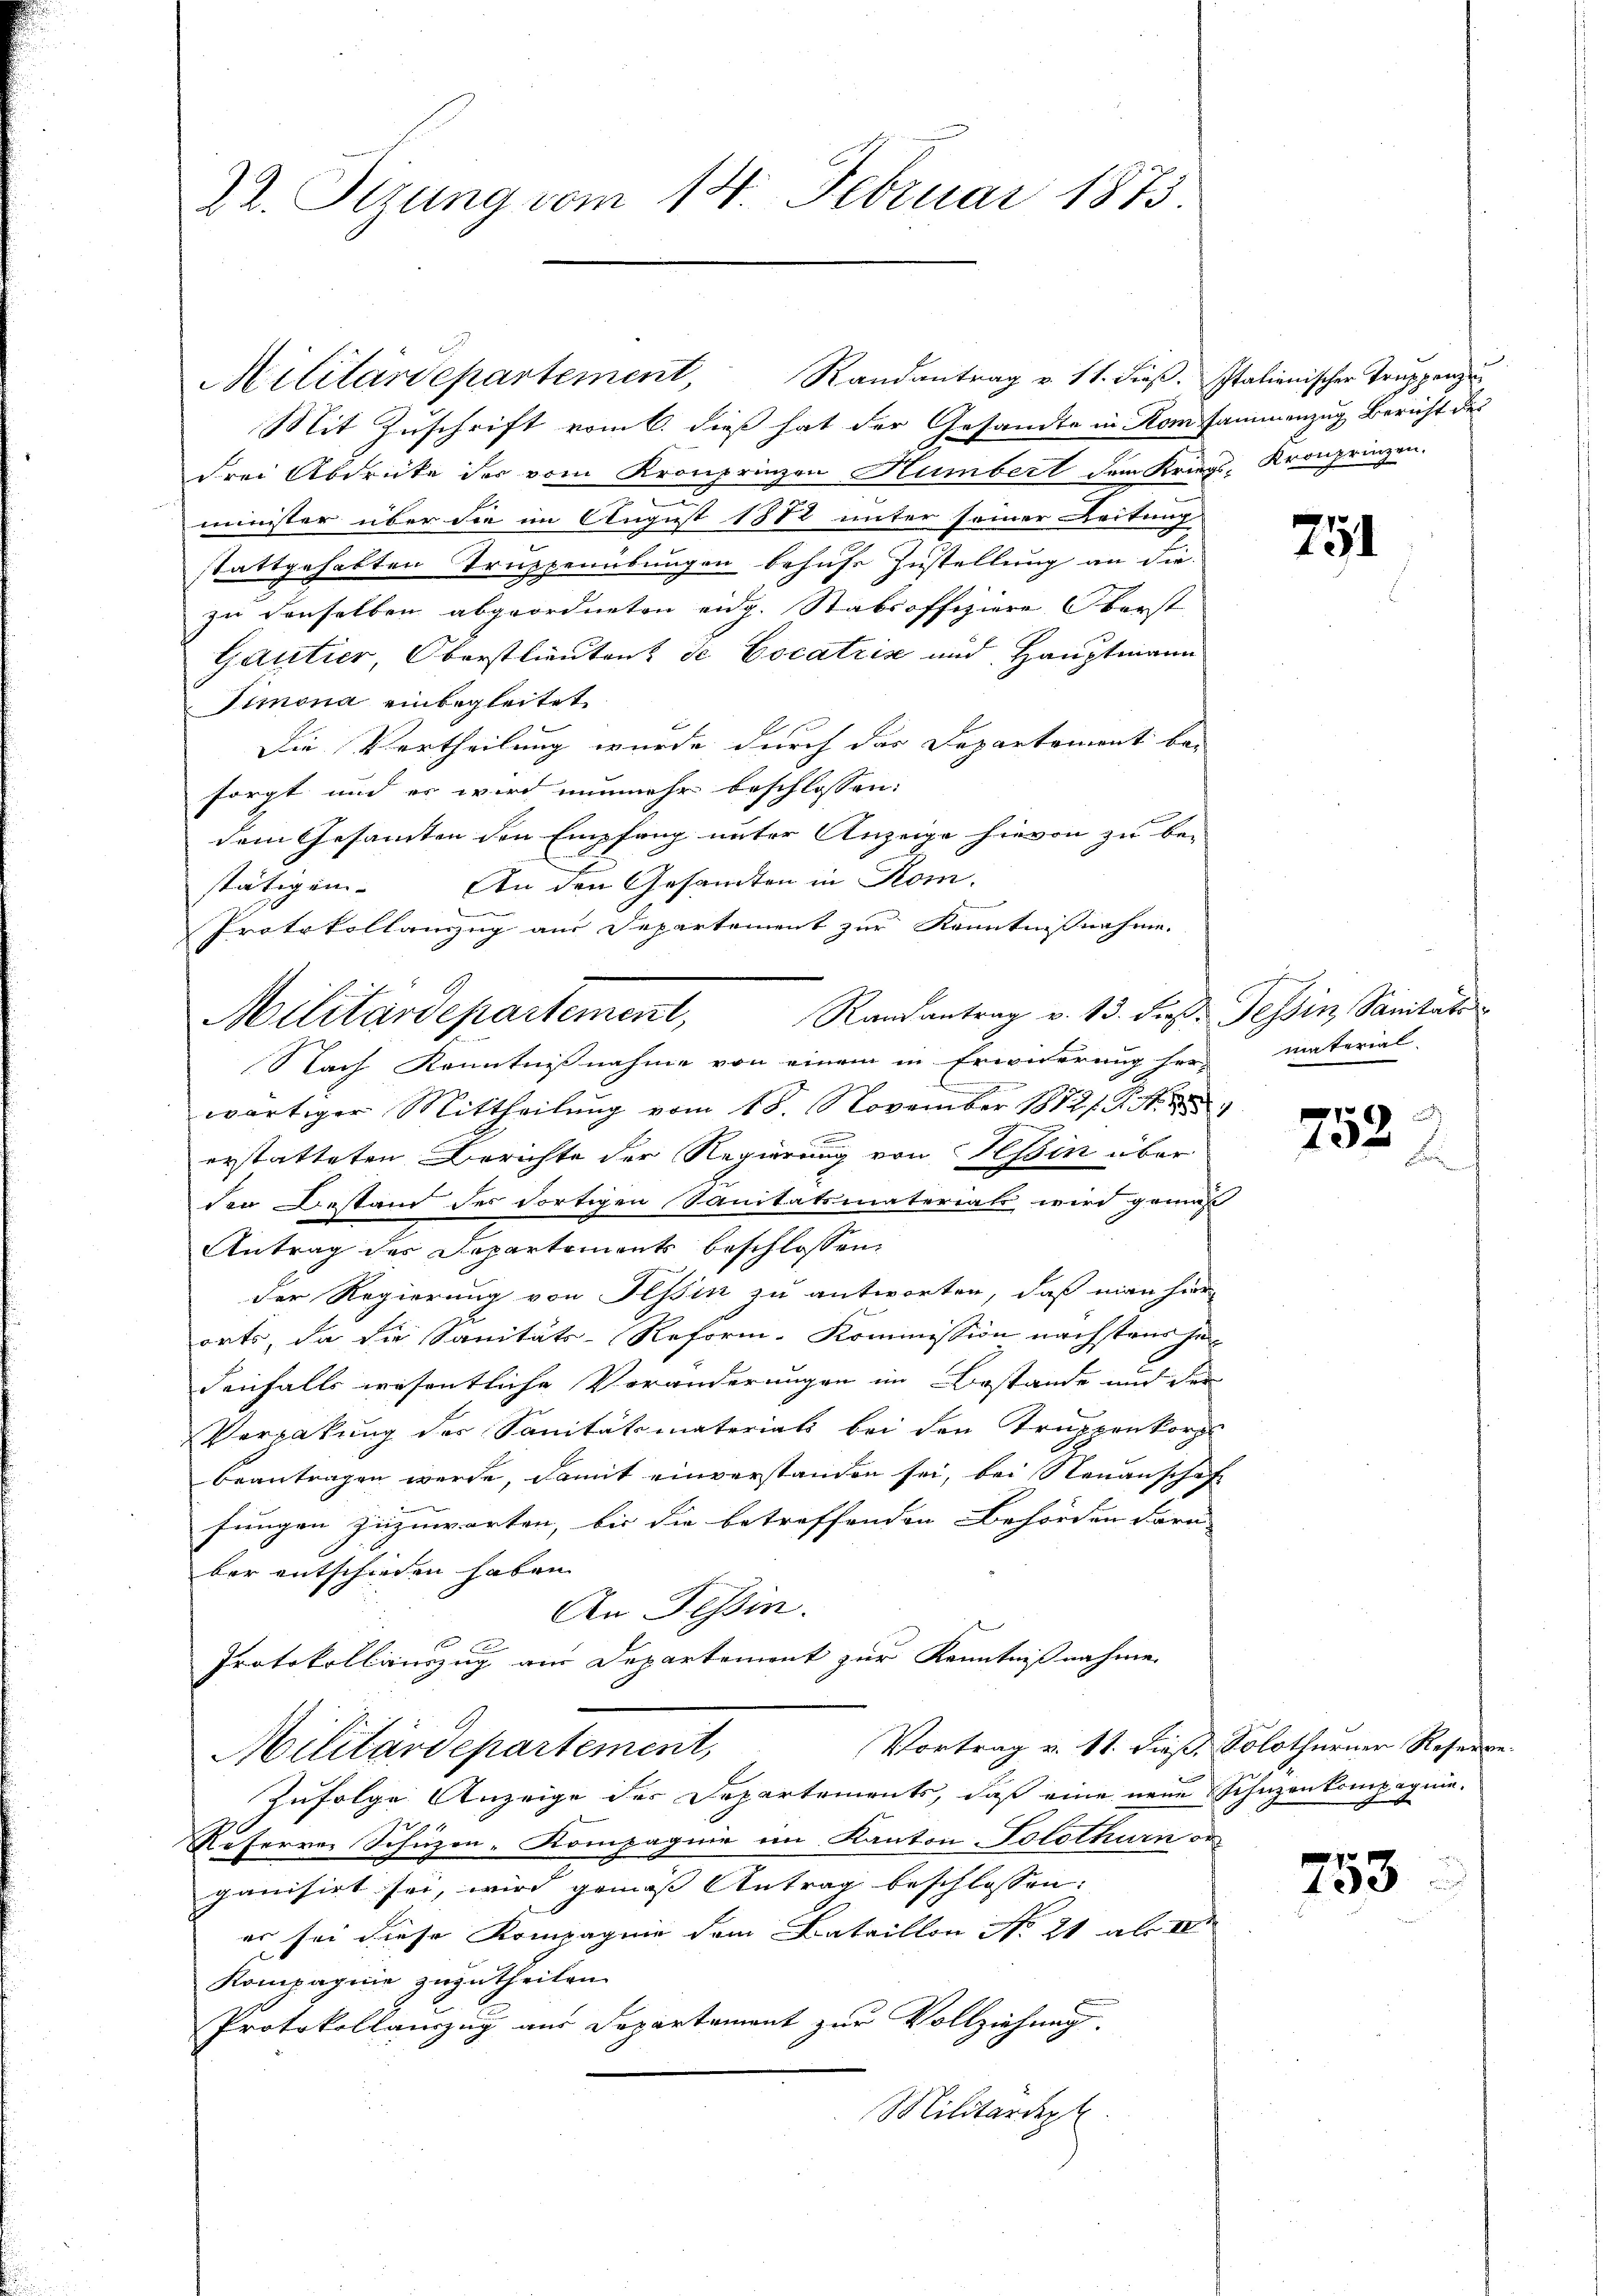
Militärdepartement, Randantrag v. 11. dieß. Italienischer Truppenze
Mit Zuschrift vom 6. dieß hat der Gesandte in Romsammenzug Bericht des
drei Abdrücke der vom Kronprinzen Humbert dem Kriegs- Kronprinzen.
.
e
minister über die im August 1882 unter seiner Leitung
stattgehabten Truppenübungen behufs Zustellung an die
zu denselben abgeordneten eidg. Stabsoffiziere Oberst
Gautier, Oberstlieuten de Cocatris und Hauptmann
Timona einbegleitet
Die Vertheilung wurde durch das Departement be-
sorgt und er wird nunmehr beschlossen:
dem Gesamten den Empfang unter Anzeige hievon zu be-
stätigen. An den Gesamten in Kom-
Protokollanzug aus Departement zur Kenntnißnahme.
Randantrag v. 13. Fr. Tessin, Sanitate
Nach Kenntnißnahme von einem in Erwiderung her-
wärtiger Mittheilung vom 18. November 18121. d. M.
erstatteten Berichte der Regierung von Tessin über
den Bestand des dortigen Sanitatsmaterials wird gemaß
Antrag des Departements beschlossen,
der Regierung von Tessin zu antworten, daß man hier
orts, da die Sanitäts-Reform-Kommission nächstrer he
denfalls wesentliche Veränderungen im Bestande und der
Vergabung der Sanitätsmaterials bei den Truppenkorps
beantragen werde, damit einverstanden sei, bei Steuanschaft
fungen zuzuwarten, bis die betreffenden Behörden Farn |
ber entschieden haben.
An Tessin.
Protokollauszug am Departement zur Kenntnißnahme.
Vortrag v. 11. dieß, Solothurner Reserve
Militärdepartement,
Zufolge Anzeige des Departements, daß eine neue Schüzenkompagnie¬
Referrer Schüzen-Kompagnie im Kanton Solothurn od
ganisirt sei, wird gemäss Antrag beschlossen:
er sei diese Kompagnie dem Bataillon No 21 aber
Kompagnie zuzutheilen.
Protokollauszug aus Departement zur Vollziehung.
Militärdept

Militardepartement,

22. Sizung vom 14. Februar 1873.

751

material

752
E

753